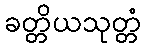
ခတ္တိယသုတ္တံ